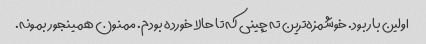
اولین بار بود. خوشمزه‌ترین ته چینی که تا حالا خورده بودم. ممنون همینجور بمونه.